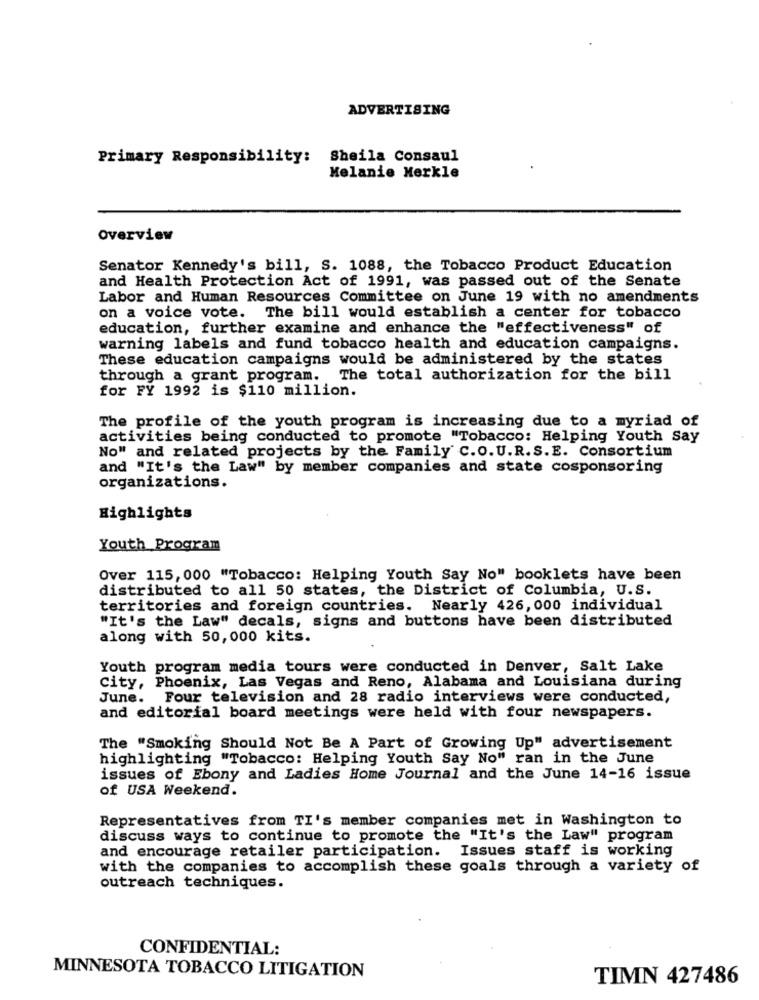
ADVERTISING
Primary Responsibility: Sheila Consaul
Melanie Merkle
Overview
Senator Kennedy's bill, S. 1088, the Tobacco Product Education
and Health Protection Act of 1991, was passed out of the Senate
Labor and Human Resources Committee on June 19 with no amendments
on a voice vote. The bill would establish a center for tobacco
education, further examine and enhance the "effectiveness" of
warning labels and fund tobacco health and education campaigns.
These education campaigns would be administered by the states
through a grant program. The total authorization for the bill
for FY 1992 is $110 million.
The profile of the youth program is increasing due to a myriad of
activities being conducted to promote "Tobacco: Helping Youth Say
No" and related projects by the Family C.O. U.R.S.E. Consortium
and "It's the Law" by member companies and state cosponsoring
organizations.
Highlights
Youth Program
Over 115, 000 "Tobacco: Helping Youth Say No" booklets have been
distributed to all 50 states, the District of Columbia, U.S.
territories and foreign countries. Nearly 426, 000 individual
"It's the Law" decals, signs and buttons have been distributed
along with 50,000 kits.
Youth program media tours were conducted in Denver, Salt Lake
City, Phoenix, Las Vegas and Reno, Alabama and Louisiana during
June. Four television and 28 radio interviews were conducted,
and editorial board meetings were held with four newspapers.
The "Smoking Should Not Be A Part of Growing Up" advertisement
highlighting "Tobacco: Helping Youth Say No" ran in the June
issues of Ebony and Ladies Home Journal and the June 14-16 issue
of USA Weekend.
Representatives from TI's member companies met in Washington to
discuss ways to continue to promote the "It's the Law" program
and encourage retailer participation. Issues staff is working
with the companies to accomplish these goals through a variety of
outreach techniques.
CONFIDENTIAL:
MINNESOTA TOBACCO LITIGATION
TIMN 427486